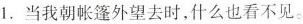
1.当我朝帐篷外望去时,什么也看不见。